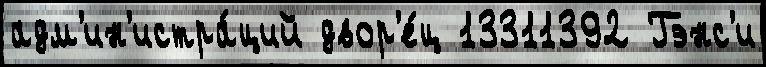
адм'ин'истра́ций двор'е́ц 13311392 Гэнс'и